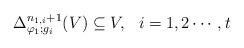
LaTeX: \begin{align*} \Delta_{\varphi_1;g_i}^{n_{1,i}+1}(V)\subseteq V, \ \ i=1,2\cdots,t \end{align*}